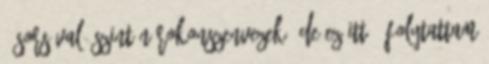
- sorsával őszintén rokonszenvezek. De ez itt - folytattam